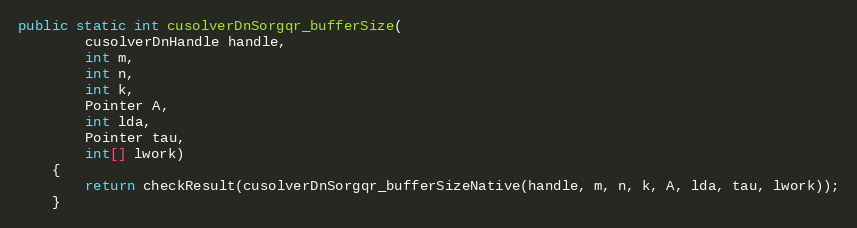
Language: Java
public static int cusolverDnSorgqr_bufferSize(
        cusolverDnHandle handle,
        int m,
        int n,
        int k,
        Pointer A,
        int lda,
        Pointer tau,
        int[] lwork)
    {
        return checkResult(cusolverDnSorgqr_bufferSizeNative(handle, m, n, k, A, lda, tau, lwork));
    }